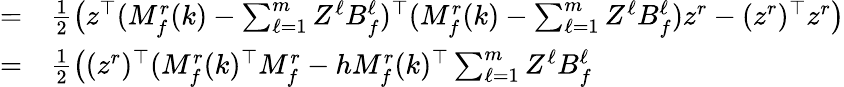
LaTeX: \begin{array}{rl}{=}&{{}\frac{1}{2}\big(z^{\top}(M_{f}^{r}(k)-\textstyle\sum_{\ell=1}^{m}Z^{\ell}B_{f}^{\ell})^{\top}(M_{f}^{r}(k)-\textstyle\sum_{\ell=1}^{m}Z^{\ell}B_{f}^{\ell})z^{r}-(z^{r})^{\top}z^{r}\big)}\\ {=}&{{}\frac{1}{2}\big((z^{r})^{\top}(M_{f}^{r}(k)^{\top}M_{f}^{r}-hM_{f}^{r}(k)^{\top}\textstyle\sum_{\ell=1}^{m}Z^{\ell}B_{f}^{\ell}}\end{array}